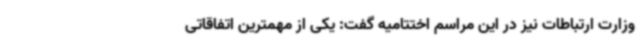
وزارت ارتباطات نیز در این مراسم اختتامیه گفت: یکی از مهمترین اتفاقاتی